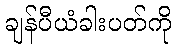
ချန်ပီယံခါးပတ်ကို